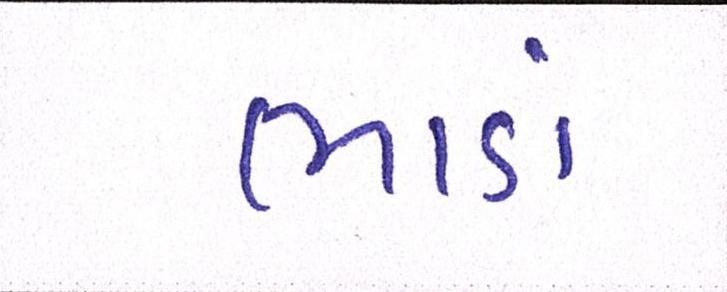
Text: ભાડાં